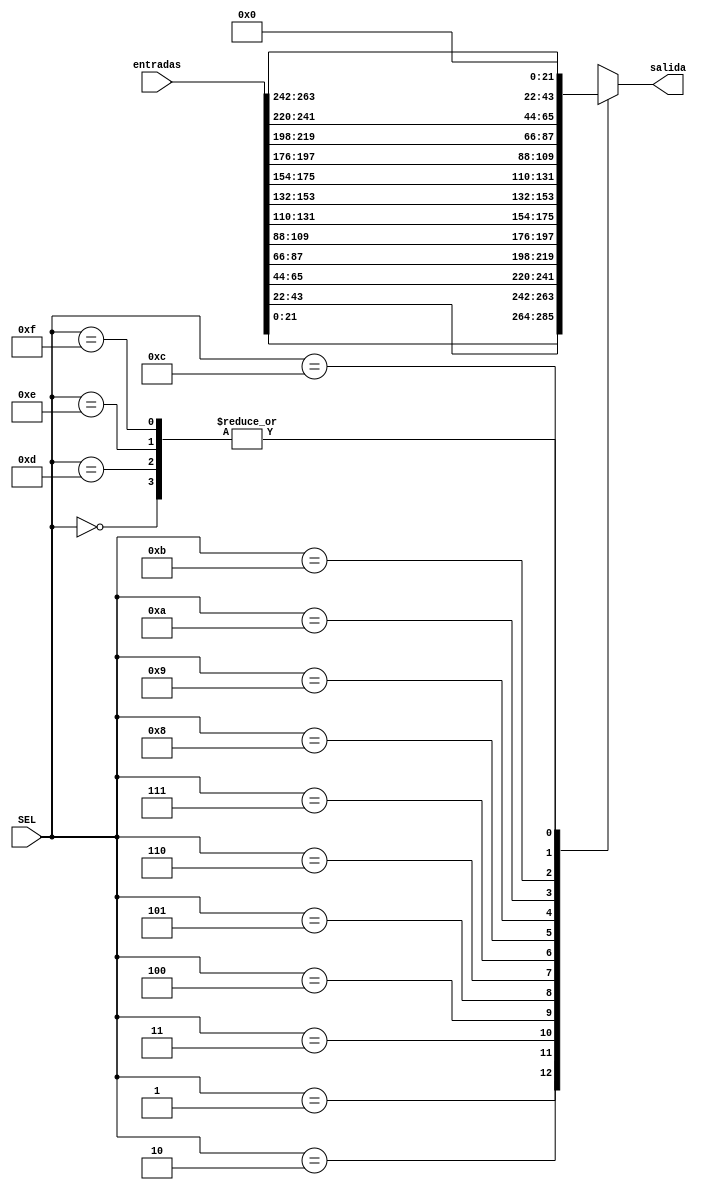
`timescale 1ns / 1ps
//////////////////////////////////////////////////////////////////////////////////
// Company: 
// Engineer: 
// 
// Design Name: 
// Module Name: Mux_16_1_22b
// Project Name: 
// Target Devices: 
// Tool Versions: 
// Description: 
// 
// Dependencies: 
// 
// Revision:
// Revision 0.01 - File Created
// Additional Comments:
// 
//////////////////////////////////////////////////////////////////////////////////


module Mux_16_1_22b(input [3:0] SEL, input [263:0] entradas, output reg [21:0] salida
    );
    always @(SEL, entradas)
        case(SEL)
            4'b0000: salida <= 5'b00000;
            4'b0001: salida <= entradas[21:0];
            4'b0010: salida <= entradas[43:22];
            4'b0011: salida <= entradas[65:44];
            4'b0100: salida <= entradas[87:66];
            4'b0101: salida <= entradas[109:88];
            4'b0110: salida <= entradas[131:110];
            4'b0111: salida <= entradas[153:132];
            4'b1000: salida <= entradas[175:154];
            4'b1001: salida <= entradas[197:176];
            4'b1010: salida <= entradas[219:198];
            4'b1011: salida <= entradas[241:220];
            4'b1100: salida <= entradas[263:242];
            4'b1101: salida <= 5'b00000;
            4'b1110: salida <= 5'b00000;
            4'b1111: salida <= 5'b00000;
        endcase
endmodule